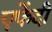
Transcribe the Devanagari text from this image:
एफेंदी